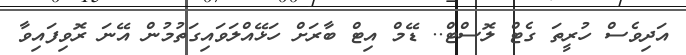
އަދިވެސް ހުރީތަ ގެޓް ލޮސްޓް.. ޑޭމް އިޓް ބާރަށް ހަޅޭއްލަވައިގަތުމުން އޭނަ ރޮވިފައިވާ